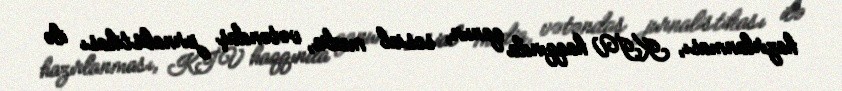
hazırlanması, KİV haqqında qanun, sosial media, vətəndaş jurnalistikası ilə